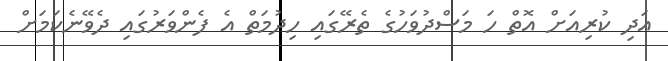
އަދި ކުރިއަށް އޮތް ހަ މަސްދުވަހުގެ ތެރޭގައި ހިދުމަތް އެ ފެންވަރުގައި ދެވޭނެކަމަށް